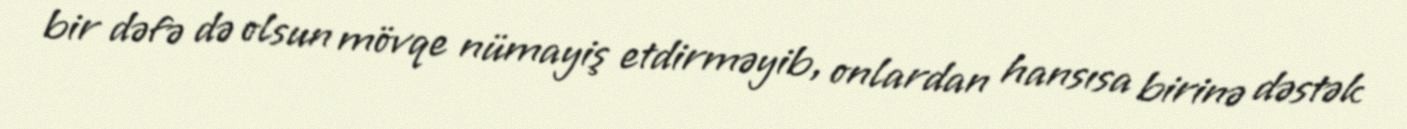
bir dəfə də olsun mövqe nümayiş etdirməyib, onlardan hansısa birinə dəstək